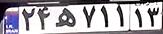
۲۴ه۷۱۱۱۳